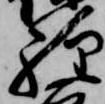
経